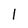
Character: l